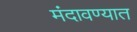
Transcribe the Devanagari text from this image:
मंदावण्यात